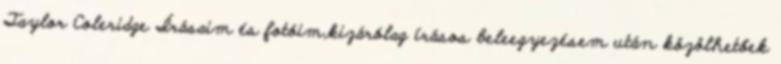
Taylor Coleridge Írásaim és fotóim,kizárólag írásos beleegyezésem után közölhetőek